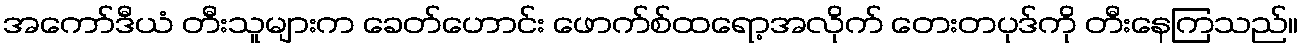
အကော်ဒီယံ တီးသူများက ခေတ်ဟောင်း ဖောက်စ်ထရော့အလိုက် တေးတပုဒ်ကို တီးနေကြသည်။